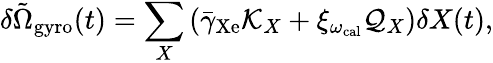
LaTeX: \delta\tilde{\Omega}_{\mathrm{gyro}}(t)=\sum_{X}\left(\bar{\gamma}_{\mathrm{Xe}}\mathcal{K}_{X}+\xi_{\omega_{\mathrm{cal}}}\mathcal{Q}_{X}\right)\delta X(t),